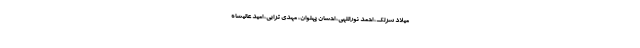
میلاد سرلک، احمد نوراللهی، احسان پهلوان، مهدی ترابی، امید عالیشاه